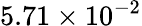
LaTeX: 5.71\times 10^{-2}